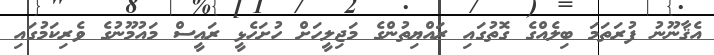
އެޤާނޫނު ފުރަތަމަ ބިލެއްގެ ގޮތުގައި ރައްޔިތުންގެ މަޖިލީހަށް ހުށަހެޅީ ރައީސް މައުމޫނުގެ ވެރިކަމުގައި